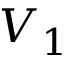
V _ { 1 }